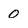
Character: o